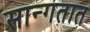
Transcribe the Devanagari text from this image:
सान्गतात